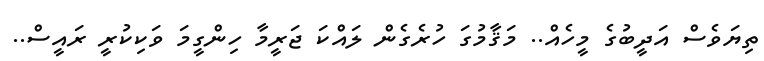
ތިޔަވެސް އަދީބުގެ މީހެއް.. މަޤާމުގަ ހުރެގެން ލައްކަ ޖަރީމާ ހިންގީމަ ވަކިކުރީ ރައީސް..